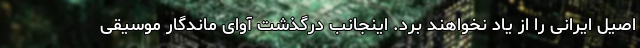
اصیل ایرانی را از یاد نخواهند برد. اینجانب درگذشت آوای ماندگار موسیقی